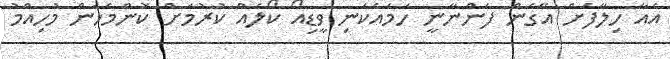
އެއާ ހިލާފަށް އޭގެން ފެންނާނީ ހަމައެކަނި ވީޑިއޯ ކޯލެއް ކުރުމަށް ކޮންމެހެން މުހިއްމު